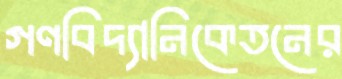
গণবিদ্যানিকেতনের